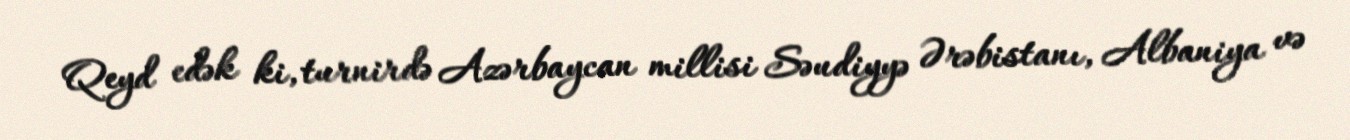
Qeyd edək ki, turnirdə Azərbaycan millisi Səudiyyə Ərəbistanı, Albaniya və